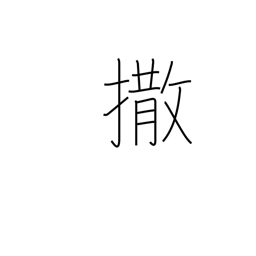
Meaning: give them the slip